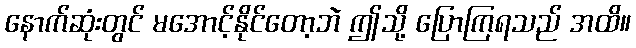
နောက်ဆုံးတွင် မအောင့်နိုင်တော့ဘဲ ဤသို့ ပြောကြရသည် အထိ။